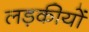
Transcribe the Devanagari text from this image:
लड़कीयों